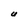
Character: U